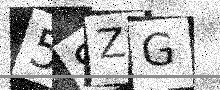
Text: 5SZG